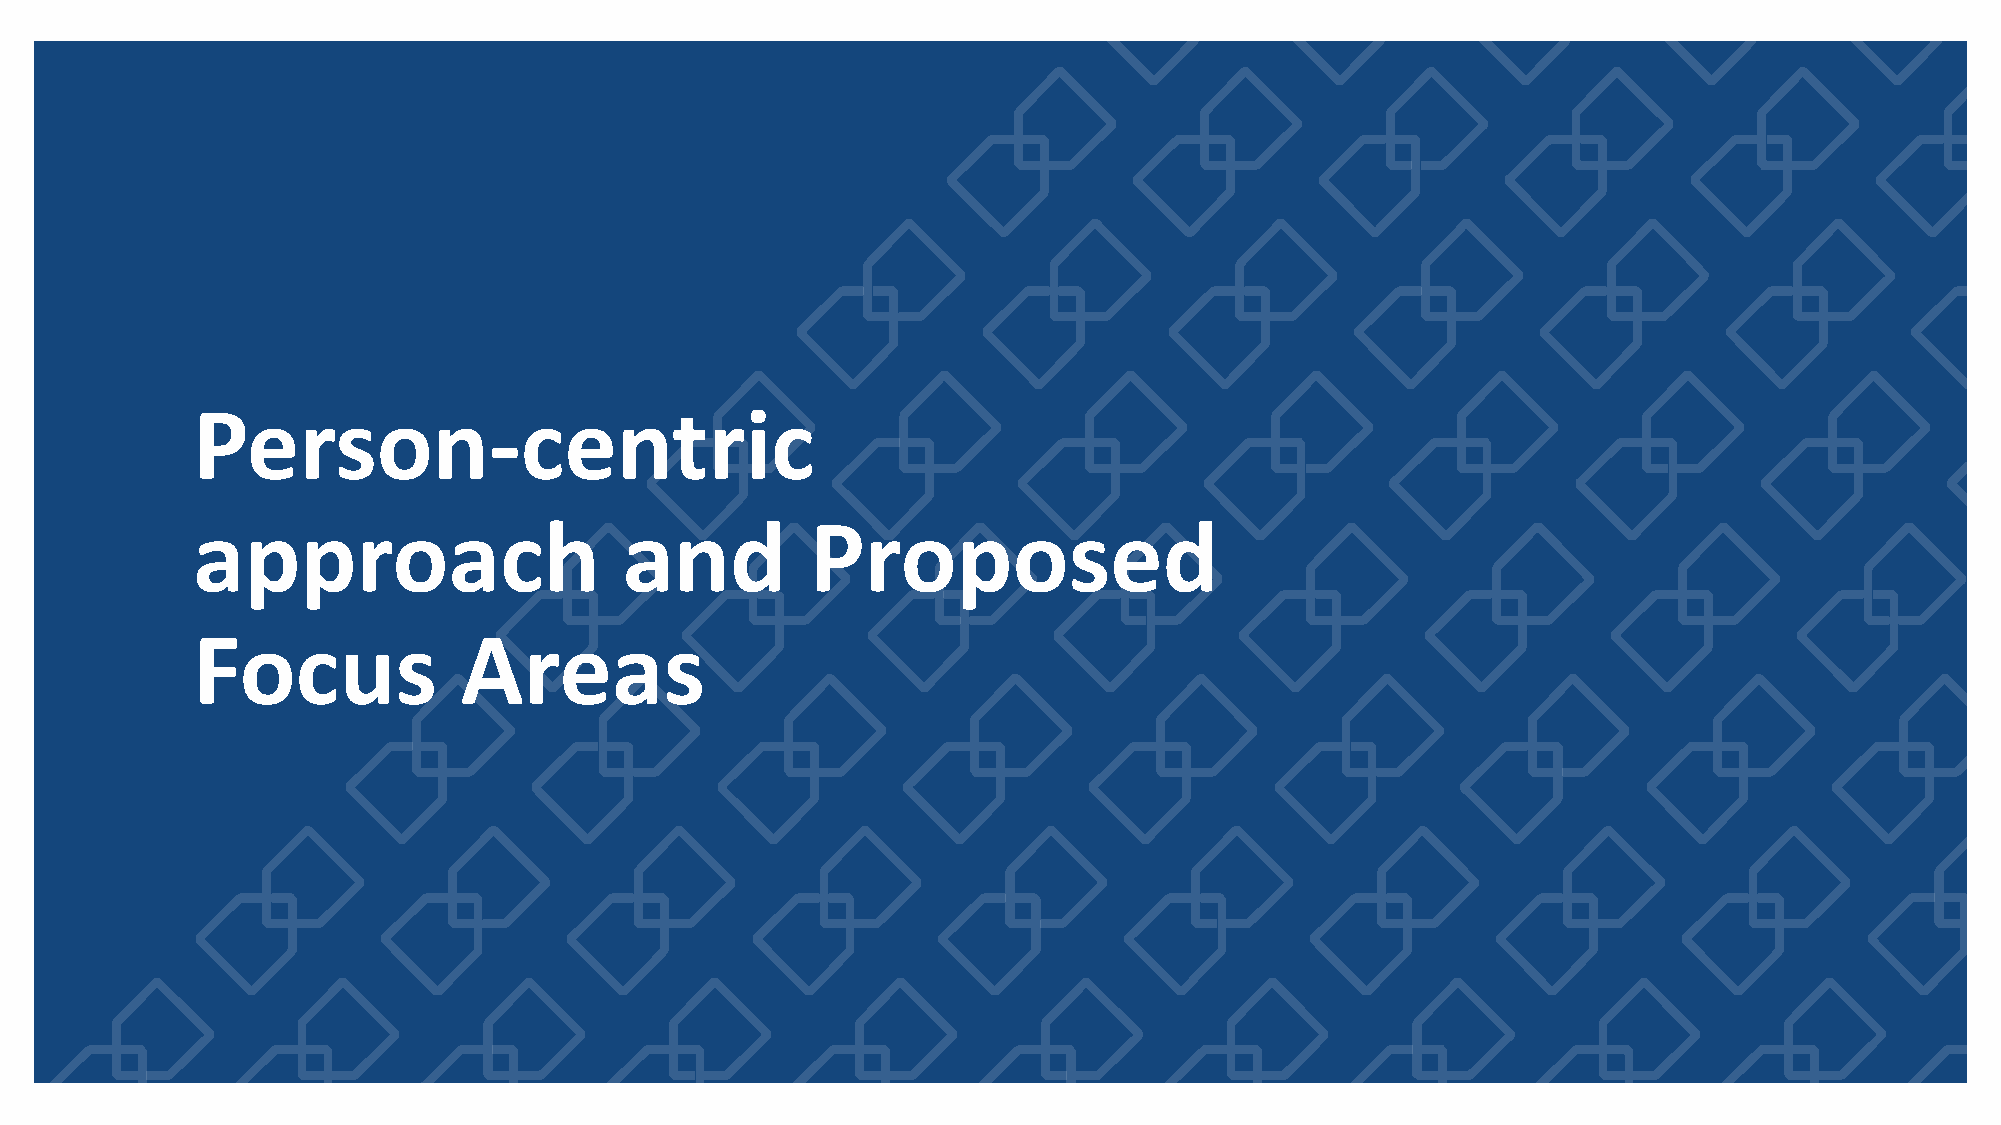
Person-centric
 approach                    and          Proposed
 Focus            Areas